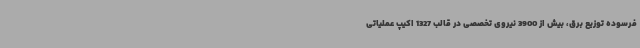
فرسوده توزیع برق، بیش از 3900 نیروی تخصصی در قالب 1327 اکیپ عملیاتی